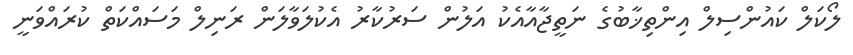
ލޯކަލް ކައުންސިލް އިންތިޚާބުގެ ނަތީޖާއާއެކު އަލުން ސަރުކާރު އެކުލަވާލަން ރަނިލް މަސައްކަތް ކުރައްވަނީ